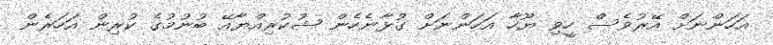
އަހަންނަށް އޭރުވެސް ހީވި ޔޫހާ އަހަންނަށް ގުޅާނެހެން ޝުކުރިއްޔާއޭ ބުނުމުގެ ކުރިން އަހަރެން